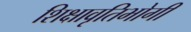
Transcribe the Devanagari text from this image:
शिक्षावृतिभोगी